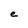
Character: e